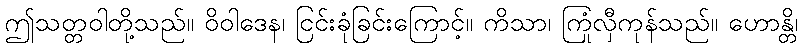
ဤသတ္တဝါတို့သည်။ ဝိဝါဒေန၊ ငြင်းခုံခြင်းကြောင့်။ ကိသာ၊ ကြုံလှီကုန်သည်။ ဟောန္တိ၊